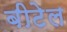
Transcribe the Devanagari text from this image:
बीटेल